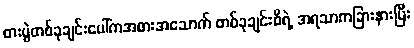
စားပွဲတစ်ခုချင်းပေါ်ကအစားအသောက် တစ်ခုချင်းစီရဲ့ အရသာကခြားနားပြီး